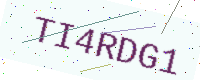
Text: TI4RDG1